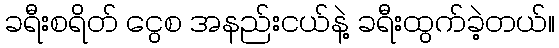
ခရီးစရိတ် ငွေစ အနည်းငယ်နဲ့ ခရီးထွက်ခဲ့တယ်။